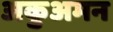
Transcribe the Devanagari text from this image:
अकुअमन